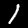
Label: 1